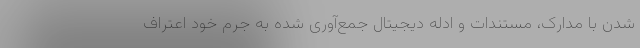
شدن با مدارک، مستندات و ادله دیجیتال جمع‌آوری شده به جرم خود اعتراف